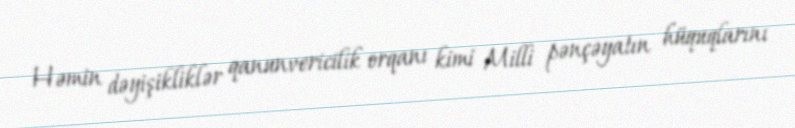
Həmin dəyişikliklər qanunvericilik orqanı kimi Milli pənçəyatın hüquqlarını